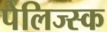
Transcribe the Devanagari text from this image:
पेलिज्स्क